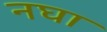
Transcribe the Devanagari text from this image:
नघा